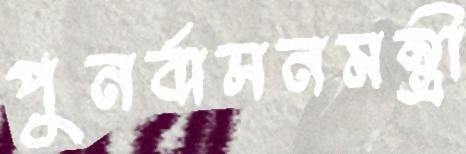
পুনর্বাসনমন্ত্রী